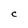
Character: c